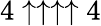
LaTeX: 4\uparrow\uparrow\uparrow\uparrow 4